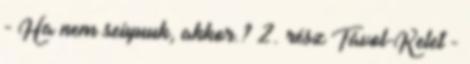
- Ha nem seiyuuk, akkor.? 2. rész Távol-Kelet -